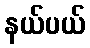
နယ်ပယ်